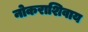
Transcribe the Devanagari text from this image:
नोकराशिवाय